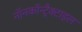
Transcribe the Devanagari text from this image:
नॉनकॉन्ट्रैक्टाइल